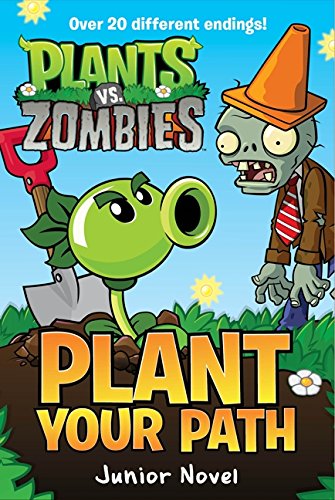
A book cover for Plants vs. Zombies: Plant Your Path Junior Novel; Tracey West; Children's Books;